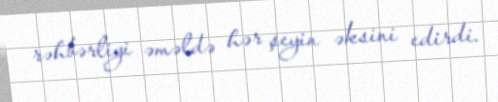
rəhbərliyi əməldə hər şeyin əksini edirdi.